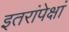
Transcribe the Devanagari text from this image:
इतरांपेक्षां